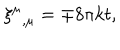
{ \xi ^ { \mu } } _ { , \mu } = \mp 8 \pi k t ,